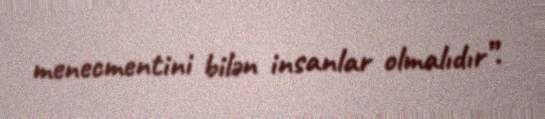
menecmentini bilən insanlar olmalıdır”.